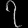
Digit: ၇